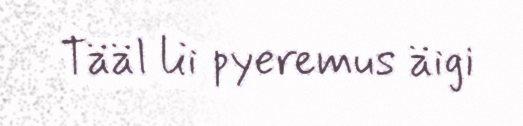
Tääl lii pyeremus äigi